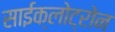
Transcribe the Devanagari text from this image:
साईक्लोट्रोन